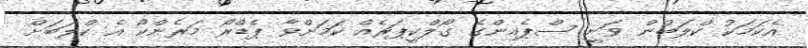
އެކަމަކު ކްލަބުން ވަނީ ސްޕެއިންގެ ގޯލްކީޕަރެއް ކަމަށްވާ ޕެޑްރޯ މަރެންކޯ އެ ކްލަބަށް